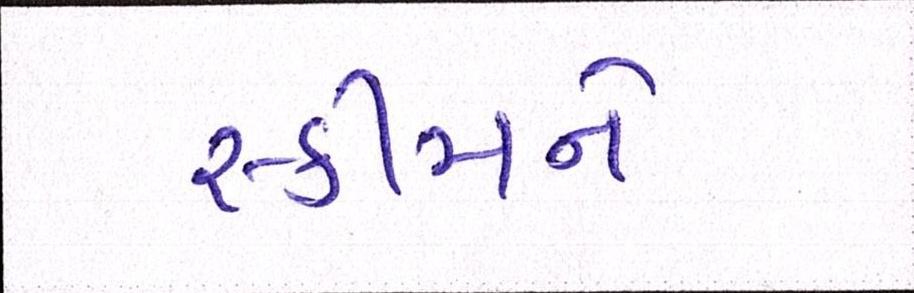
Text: સ્કીમને